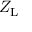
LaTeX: Z _ { \mathrm { L } }